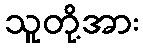
သူတို့အား